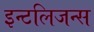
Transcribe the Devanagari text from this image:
इन्टलिजन्स